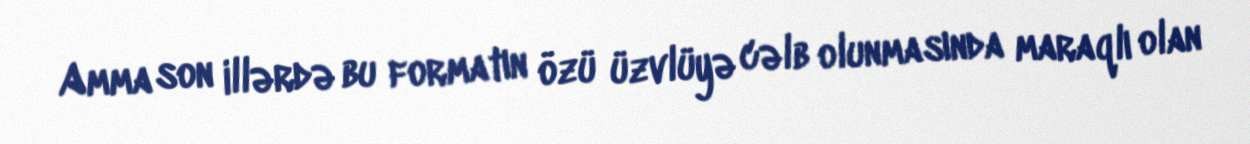
Amma son illərdə bu formatın özü üzvlüyə cəlb olunmasında maraqlı olan